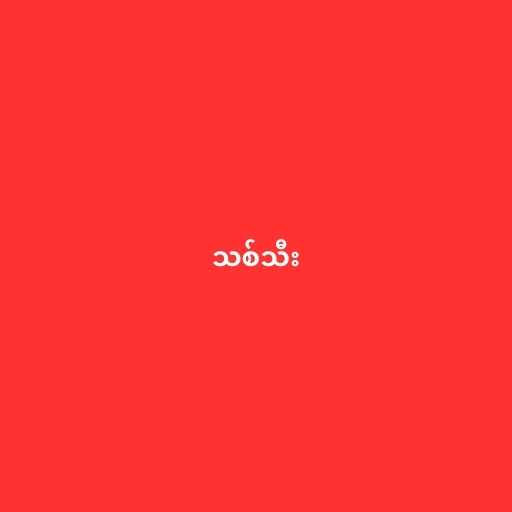
သစ်သီး